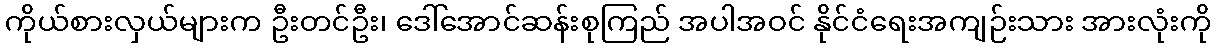
ကိုယ်စားလှယ်များက ဦးတင်ဦး၊ ဒေါ်အောင်ဆန်းစုကြည် အပါအဝင် နိုင်ငံရေးအကျဉ်းသား အားလုံးကို